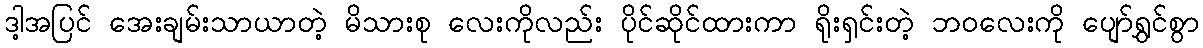
ဒါ့အပြင် အေးချမ်းသာယာတဲ့ မိသားစု လေးကိုလည်း ပိုင်ဆိုင်ထားကာ ရိုးရှင်းတဲ့ ဘဝလေးကို ပျော်ရွှင်စွာ